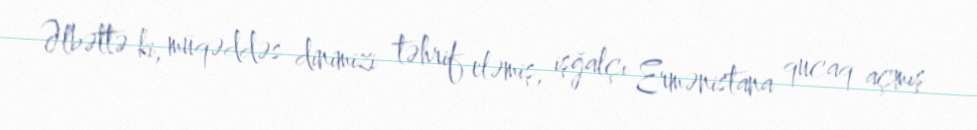
Əlbəttə ki, müqəddəs dinimizi təhrif eləmiş, işğalçı Ermənistana qucaq açmış